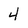
Character: 4